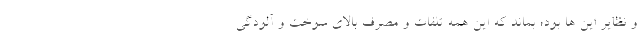
و نظایر این ها بود؛ بماند که این همه تلفات و مصرف بالای سوخت و آلودگی